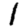
Digit: 1